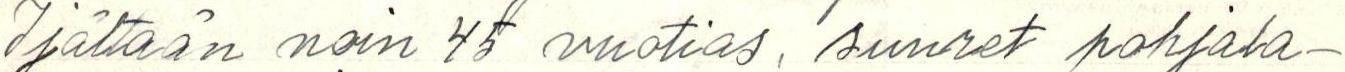
Ijältään noin 45 vuotias, suuret pohjala-